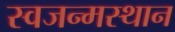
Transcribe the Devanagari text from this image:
स्वजन्मस्थान